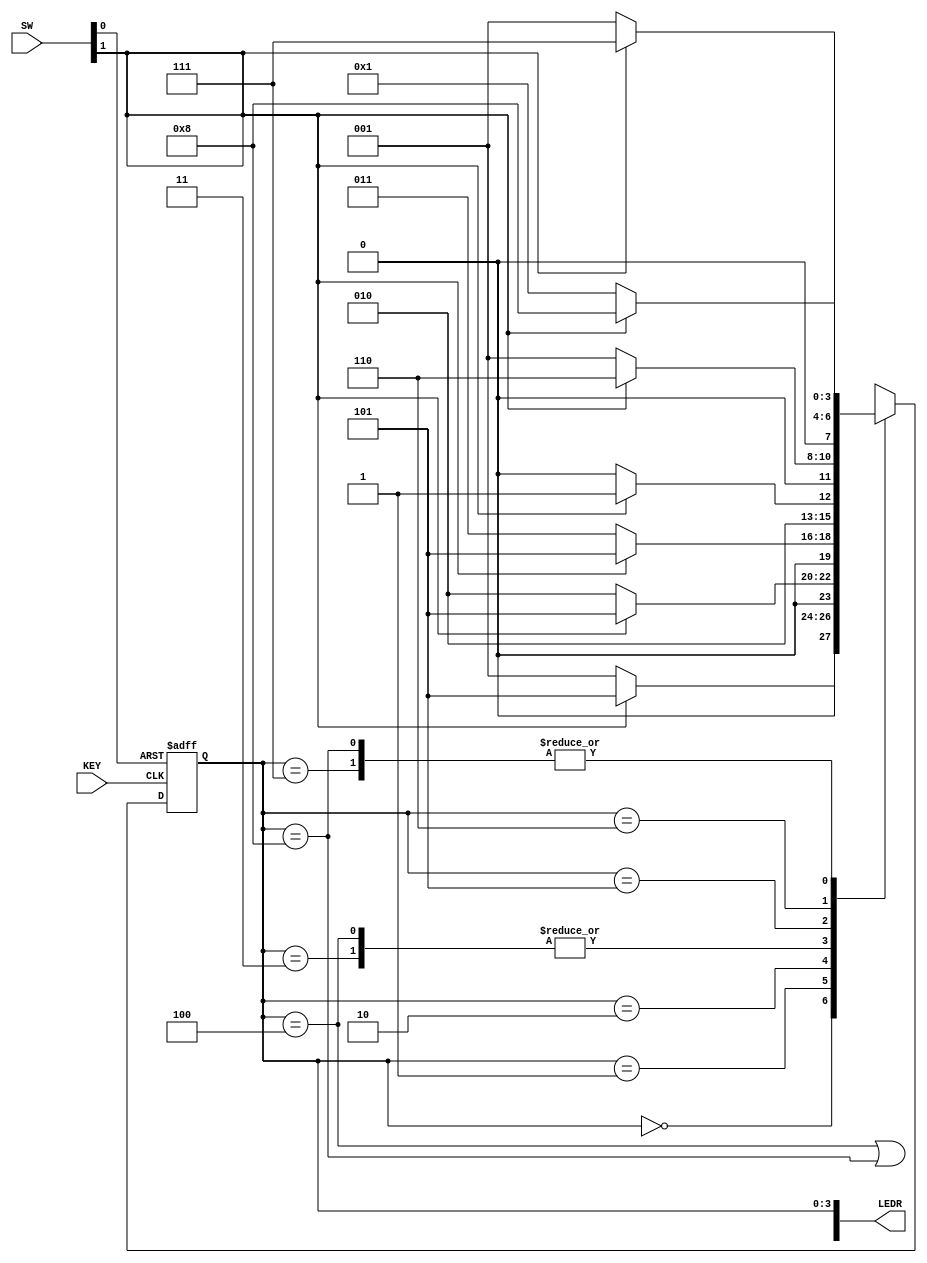
module part2(SW, KEY, LEDR);
	// Assigning inputs and outputs
	input [9:0] SW;
	input [0:0] KEY;
	output [9:0] LEDR;
	
	// Wires and registers
	wire w, z, reset, clk;
	reg [3:0] y_Q, y_D; // y_Q is current state, y_D is next state
	
	// Setting parameters
	parameter A = 4'b0000;
	parameter B = 4'b0001;
	parameter C = 4'b0010;
	parameter D = 4'b0011;
	parameter E = 4'b0100;
	parameter F = 4'b0101;
	parameter G = 4'b0110;
	parameter H = 4'b0111;
	parameter I = 4'b1000;
	
	// Assignments
	assign reset = SW[0];
	assign w = SW[1];
	assign clk = KEY[0];
	assign LEDR[3:0] = y_Q;
	assign LEDR[9] = z;
	assign z = (y_Q == E) | (y_Q == I);
	
	// Logic
	always @(w, y_Q)
		case (y_Q)
			A: if (~w) y_D <= B; else y_D <= F;
			B: if (~w) y_D <= C; else y_D <= F;
			C: if (~w) y_D <= D; else y_D <= F;
			D: if (~w) y_D <= E; else y_D <= F;
			E: if (~w) y_D <= E; else y_D <= F;
			F: if (~w) y_D <= B; else y_D <= G;
			G: if (~w) y_D <= B; else y_D <= H;
			H: if (~w) y_D <= B; else y_D <= I;
			I: if (~w) y_D <= B; else y_D <= I;
			default: y_D <= 4'dx;
		endcase
	
	always @(posedge clk or negedge reset)
		if (~reset)
			y_Q <= A;
		else
			y_Q <= y_D;
endmodule